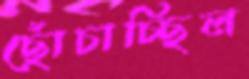
ছোঁচাচ্ছিল